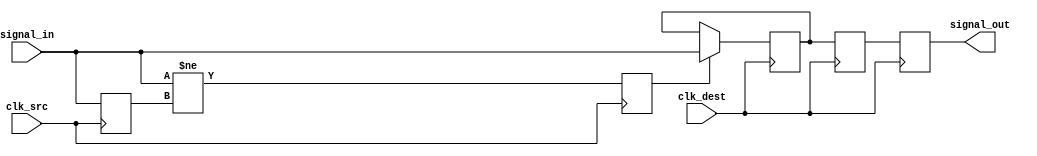
module pulsed_synchronizer #(
    parameter WIDTH = 1 // Width of the input signal
)(
    input wire [WIDTH-1:0] signal_in,   // Input signal from source clock domain
    input wire clk_src,                  // Source clock
    input wire clk_dest,                 // Destination clock
    output reg [WIDTH-1:0] signal_out    // Synchronized output signal
);

    reg [WIDTH-1:0] sync_ff1;            // First flip-flop in destination clock domain
    reg [WIDTH-1:0] sync_ff2;            // Second flip-flop in destination clock domain
    reg pulse;                            // Pulse signal for synchronization

    // Pulse generator: Triggered on the rising edge of clk_src when signal_in changes
    reg [WIDTH-1:0] signal_in_d;         // Delayed version of signal_in
    always @(posedge clk_src) begin
        signal_in_d <= signal_in;        // Capture the input signal on clk_src
        pulse <= (signal_in != signal_in_d); // Generate pulse on change
    end

    // Synchronization process: Capture the pulse in the destination clock domain
    always @(posedge clk_dest) begin
        if (pulse) begin
            sync_ff1 <= signal_in;       // Sample the input signal
        end
        sync_ff2 <= sync_ff1;            // Double-registering to mitigate metastability
    end

    // Output the synchronized signal
    always @(posedge clk_dest) begin
        signal_out <= sync_ff2;           // Output the synchronized signal
    end

endmodule